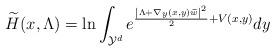
LaTeX: \begin{align*}\widetilde{H}(x,\Lambda)=\ln \int_{\mathcal{Y}^d} e^{\frac{\left|\Lambda+\nabla_y(x,y)\widetilde{w}\right|^2}{2}+V(x,y)}dy\end{align*}